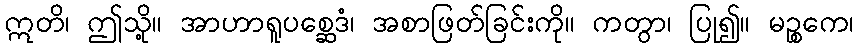
ဣတိ၊ ဤသို့။ အာဟာရူပစ္ဆေဒံ၊ အစာဖြတ်ခြင်းကို။ ကတွာ၊ ပြု၍။ မဉ္စကေ၊